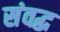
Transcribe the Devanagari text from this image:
संवद्ध